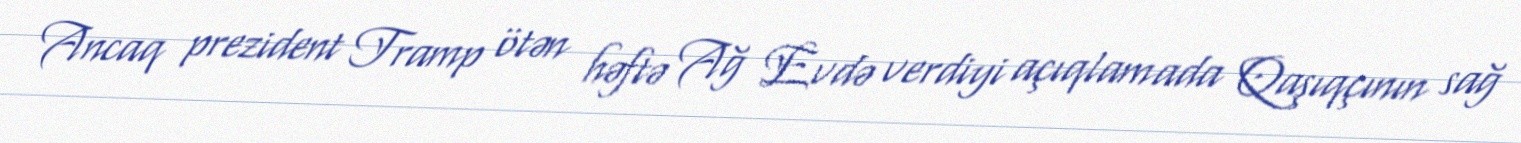
Ancaq prezident Tramp ötən həftə Ağ Evdə verdiyi açıqlamada Qaşıqçının sağ